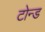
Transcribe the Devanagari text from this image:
टोन्ड